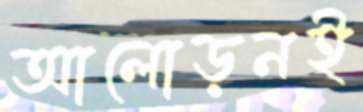
আলোড়নই